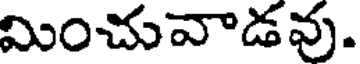
మించువాడవు.